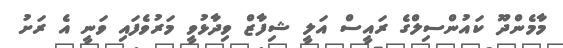
މާމެންދޫ ކައުންސިލްގެ ރައީސް އަލީ ޝިފާޒް ވިދާޅުވީ މަރުވެފައި ވަނީ އެ ރަށު